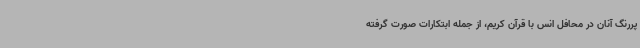
پررنگ آنان در محافل انس با قرآن کریم، از جمله ابتکارات صورت گرفته